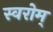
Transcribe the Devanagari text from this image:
स्वरोम्